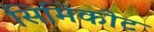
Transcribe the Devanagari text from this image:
सिमिकोट